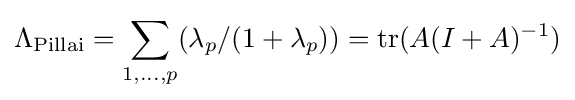
\Lambda _{\text{Pillai}}=\sum _{1,\ldots ,p}(\lambda _{p}/(1+\lambda _{p}))=\operatorname {tr} (A(I+A)^{-1})